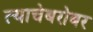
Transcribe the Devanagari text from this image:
त्याचेबरोबर